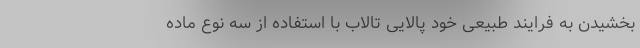
بخشیدن به فرایند طبیعی خود پالایی تالاب با استفاده از سه نوع ماده